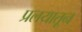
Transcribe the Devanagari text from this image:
प्रलयातून